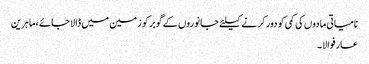
نامیاتی مادوں کی کمی کو دور کرنے کیلئے جانوروں کے گوبر کو زمین میں ڈالا جائے، ماہرین
عارفوالا۔